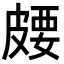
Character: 𪾈